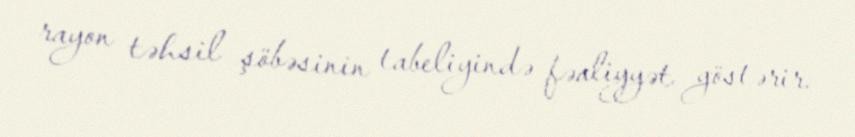
rayon təhsil şöbəsinin tabeliyində fəaliyyət göstərir.